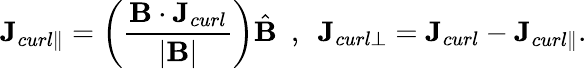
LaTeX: {\textbf{J}_{curl\parallel}=\left(\frac{\textbf{B}\cdot\textbf{J}_{curl}}{|\textbf{B}|}\right)\hat{\textbf{B}}\ \ ,\ \ \textbf{J}_{curl\perp}=\textbf{J}_{curl}-\textbf{J}_{curl\parallel}}.